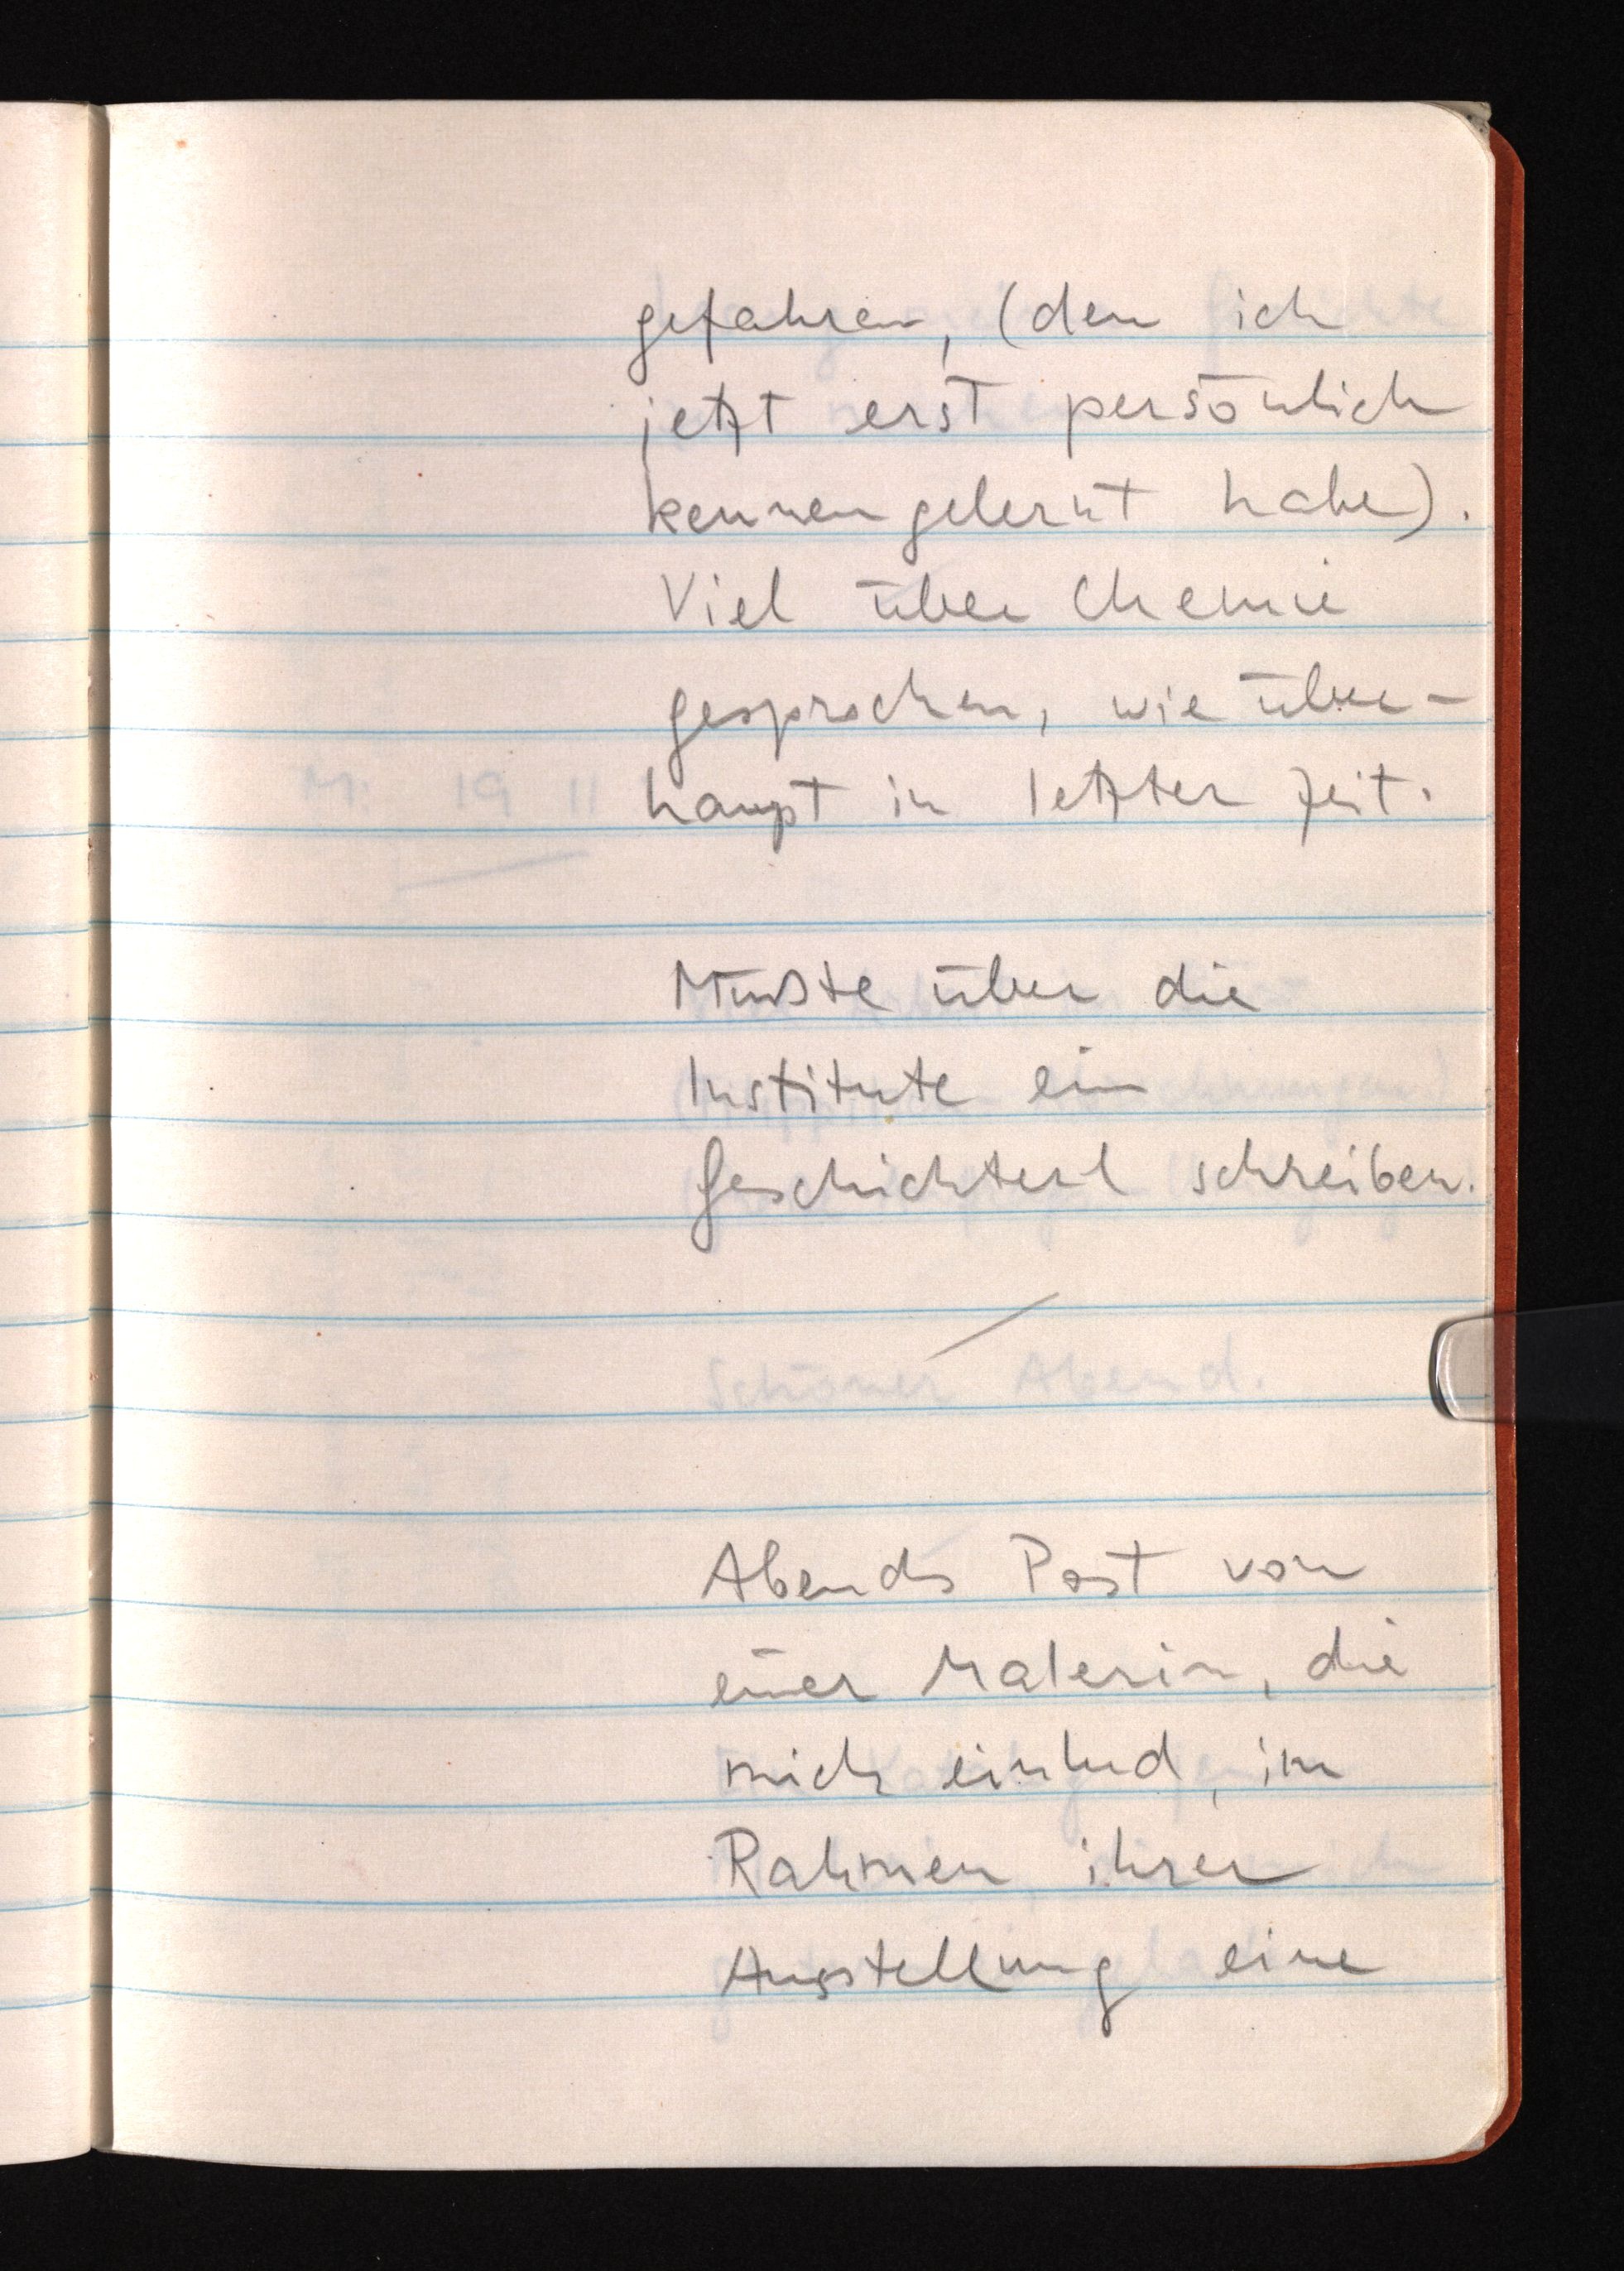
gefahren, (den ich
jetzt erst persönlich
kennengelernt habe).
Viel über Chemie
gesprochen, wie über¬
haupt in letzter Zeit.
Müßte über die
Institute ein
Geschichterl schreiben.
Abends Post von
einer Malerin, die
mich einlud, im
Rahmen ihrer
Ausstellung eine